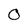
Character: 0